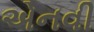
એનવી